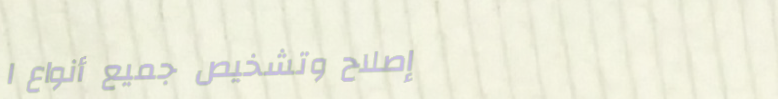
إصلاح وتشخيص جميع أنواع ا